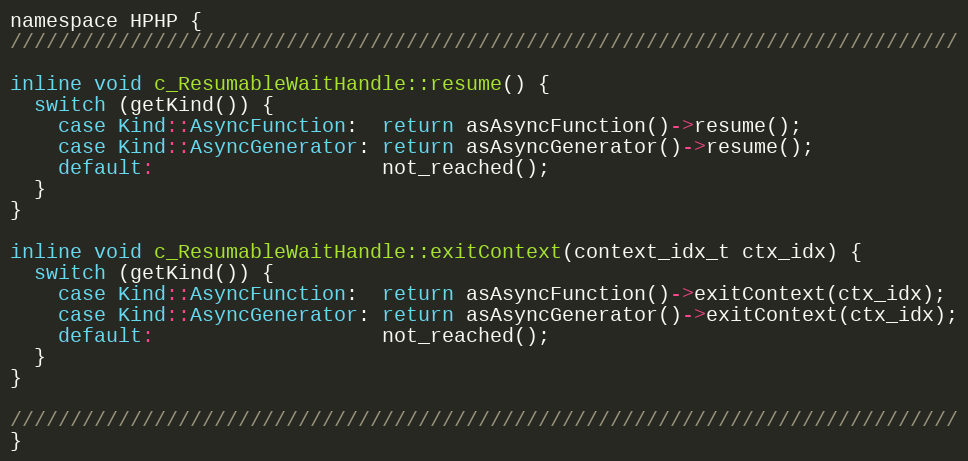
Language: C
namespace HPHP {
///////////////////////////////////////////////////////////////////////////////

inline void c_ResumableWaitHandle::resume() {
  switch (getKind()) {
    case Kind::AsyncFunction:  return asAsyncFunction()->resume();
    case Kind::AsyncGenerator: return asAsyncGenerator()->resume();
    default:                   not_reached();
  }
}

inline void c_ResumableWaitHandle::exitContext(context_idx_t ctx_idx) {
  switch (getKind()) {
    case Kind::AsyncFunction:  return asAsyncFunction()->exitContext(ctx_idx);
    case Kind::AsyncGenerator: return asAsyncGenerator()->exitContext(ctx_idx);
    default:                   not_reached();
  }
}

///////////////////////////////////////////////////////////////////////////////
}